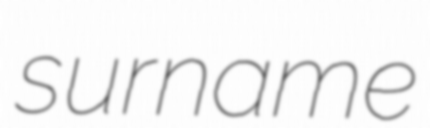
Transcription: surname